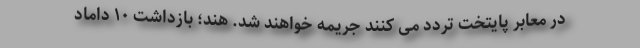
در معابر پایتخت تردد می کنند جریمه خواهند شد. هند؛ بازداشت ۱۰ داماد